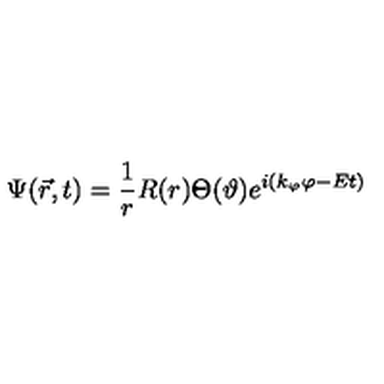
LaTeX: \Psi ( \vec { r } , t ) = \frac 1 r R ( r ) \Theta ( \vartheta ) e ^ { i ( k _ { \varphi } \varphi - E t ) }